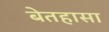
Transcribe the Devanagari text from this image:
बेतहासा